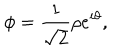
\phi = \frac { 1 } { \sqrt { 2 } } { \rho } e ^ { i \theta } ,